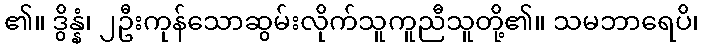
၏။ ဒွိန္နံ၊ ၂ဦးကုန်သောဆွမ်းလိုက်သူကူညီသူတို့၏။ သမဘာရေပိ၊